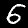
Digit: 6